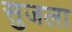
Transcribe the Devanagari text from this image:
सुजला